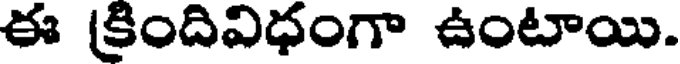
ఈ క్రిందివిధంగా ఉంటాయి.